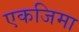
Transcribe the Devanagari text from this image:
एकजिमा